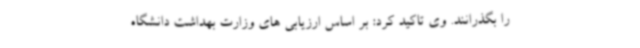
را بگذرانند. وی تاکید کرد: بر اساس ارزیابی های وزارت بهداشت دانشگاه